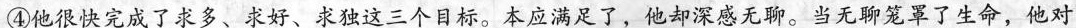
④他很快完成了求多、求好、求独这三个日标。本应满足了，他却深感无聊。当无聊笼罩了生命，他对